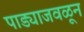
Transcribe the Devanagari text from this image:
पाड्याजवळून